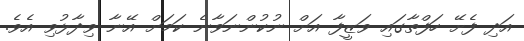
އަދި ފެށޭ ހަފްތާގައި ވަޒީފާ އަށް ނުކުންނަވާނެ ކަމަށް އޭނާ ވިދާޅުވި އެވެ.